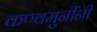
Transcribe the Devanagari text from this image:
कण्वमुनींनी